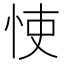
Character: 㤦